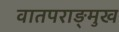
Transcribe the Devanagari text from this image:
वातपराङ्‌मुख